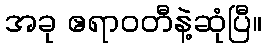
အခု ဧရာဝတီနဲ့ဆုံပြီ။